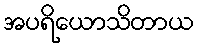
အပရိယောသိတာယ